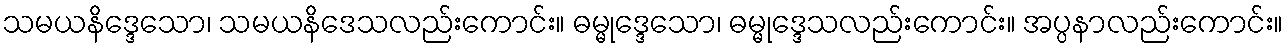
သမယနိဒ္ဒေသော၊ သမယနိဒေသလည်းကောင်း။ ဓမ္မုဒ္ဒေသော၊ ဓမ္မုဒ္ဒေသလည်းကောင်း။ အပ္ပနာလည်းကောင်း။